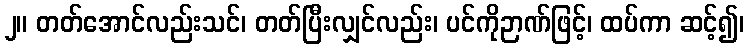
၂။ တတ်အောင်လည်းသင်၊ တတ်ပြီးလျှင်လည်း၊ ပင်ကိုဉာဏ်ဖြင့်၊ ထပ်ကာ ဆင့်၍၊